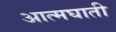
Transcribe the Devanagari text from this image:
अात्मघाती